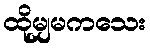
ထိုမျှမကသေး